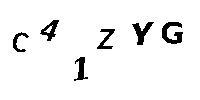
C41ZYG